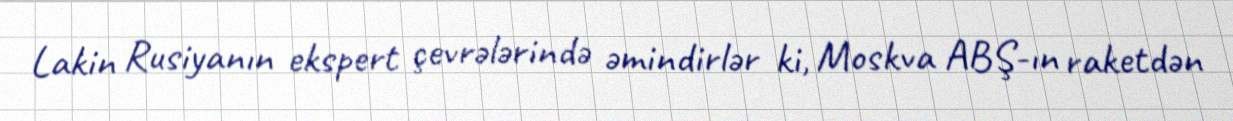
Lakin Rusiyanın ekspert çevrələrində əmindirlər ki, Moskva ABŞ-ın raketdən